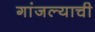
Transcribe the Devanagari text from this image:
गांजल्याची